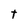
Character: t